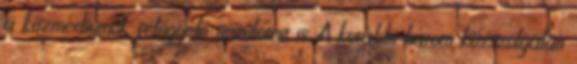
a közmédiumok felügyelő testületeit is. A korábbi három közszolgálati